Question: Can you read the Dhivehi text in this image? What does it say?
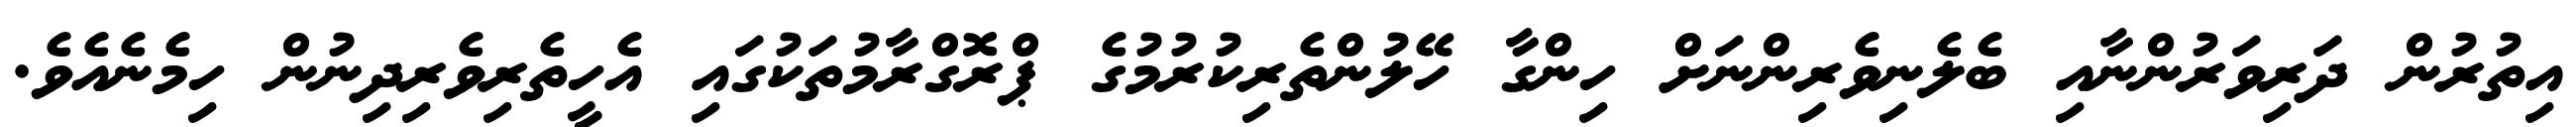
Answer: އިތުރުން ދަރިވަރުންނާއި ބެލެނިވެރިންނަށް ހިންގާ ހޭލުންތެރިކުރުމުގެ ޕްރޮގްރާމުތަކުގައި އެހީތެރިވެރިދިނުން ހިމެނެއެވެ.